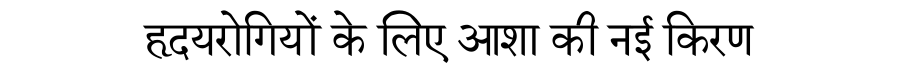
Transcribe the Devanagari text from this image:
हृदयरोगियों के लिए आशा की नई किरण